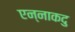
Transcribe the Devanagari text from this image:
एन्नाकदु